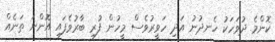
ކޮންމެ ދުވަހަކު ހެނދުނު އަދި ހަވީރުވެސް މީހުން ފުރި ބާރުވެފައި އޮންނަ ތަނެއް